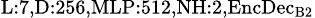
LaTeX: _{\textrm{L}:7,\textrm{D}:256,\textrm{MLP}:512,\textrm{NH}:2,\textrm{EncDec}_{\textrm{B}2}}